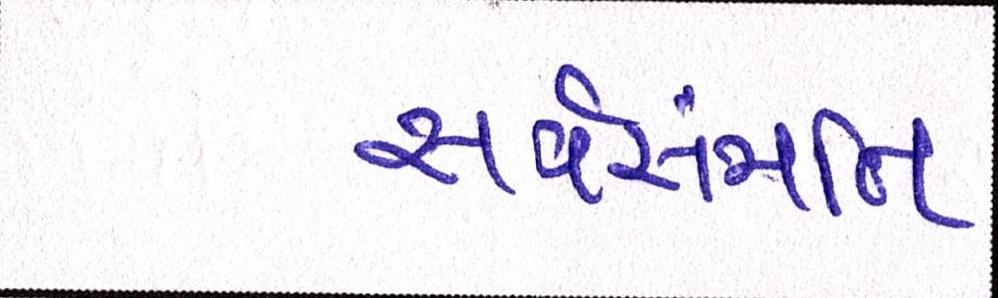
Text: સર્વસંમતિ